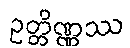
ဥတ္တိဏ္ဏဿ